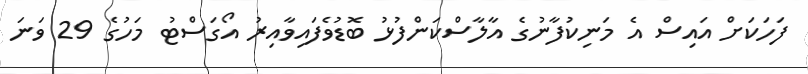
ފަހަކަށް އައިސް އެ މަނިކުފާނުގެ އާލާސްކަންފުޅު ބޮޑުވެފައިވާއިރު އޯގަސްޓު މަހުގެ 29 ވަނަ